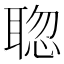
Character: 𦖟